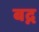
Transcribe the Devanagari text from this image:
बद्न